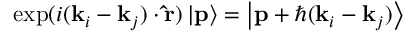
\mathrm { e x p } ( i ( \mathbf { k } _ { i } - \mathbf { k } _ { j } ) \cdot \mathbf { \hat { r } } ) \left| \mathbf { p } \right\rangle = \left| \mathbf { p } + \hbar ( \mathbf { k } _ { i } - \mathbf { k } _ { j } ) \right\rangle